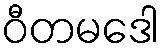
ဝီတမဒေါ